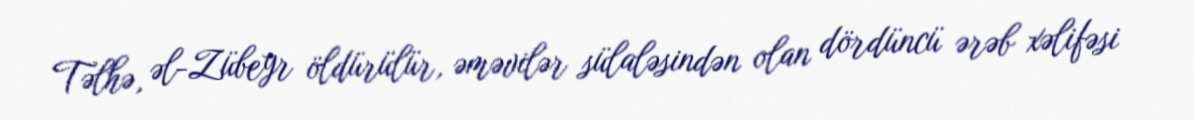
Təlhə, əl-Zübeyr öldürülür, əməvilər sülaləsindən olan dördüncü ərəb xəlifəsi